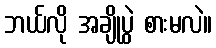
ဘယ်လို အချိုပွဲ စားမလဲ။